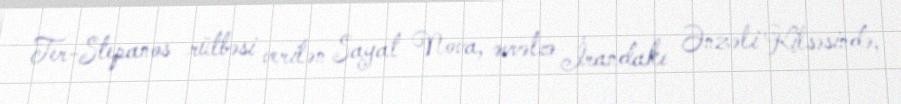
Ter-Stepanos rütbəsi verilən Sayat Nova, əvvəlcə İrandakı Ənzəli Kilsəsində,